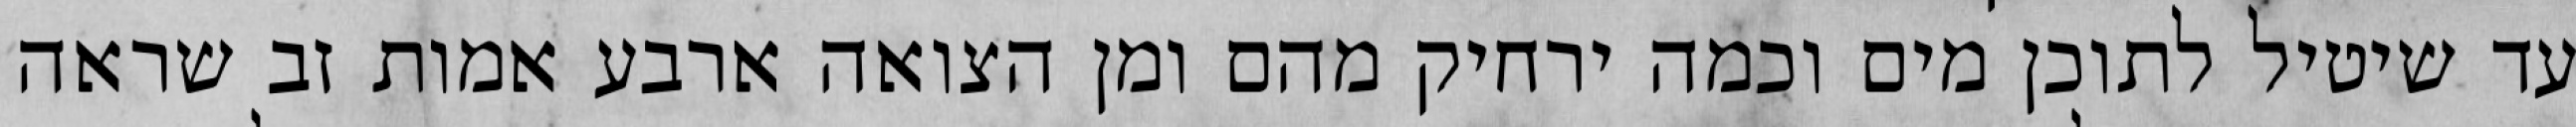
עד שיטיל לתוכן מים וכמה ירחיק מהם ומן הצואה ארבע אמות זב שראה